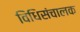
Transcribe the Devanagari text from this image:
विधिसंचालक